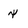
Character: x